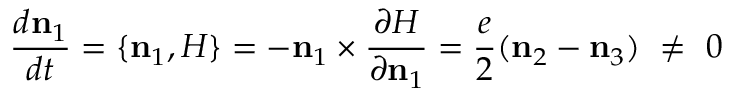
\frac { d \mathbf n _ { 1 } } { d t } = \{ \mathbf n _ { 1 } , H \} = - \mathbf n _ { 1 } \times \frac { \partial H } { \partial \mathbf n _ { 1 } } = \frac { e } { 2 } ( \mathbf n _ { 2 } - \mathbf n _ { 3 } ) \ \not = \ 0